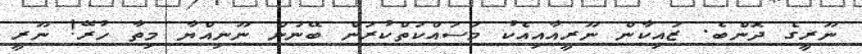
ނޫރީގެ ދޮންބެ. ޒައިކާން ނޫރީއާއިއެކު މަސައްކަތްކުރަން ބޭނުން ނޫނިއްޔާ މިތާ ހުރޭ! ނޫރީ